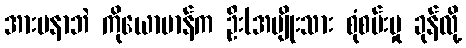
အားမနာဘဲ ကိုယောမာန်က ဦး(အမျိုးသား စုံစမ်းမှု ခုန်လို့